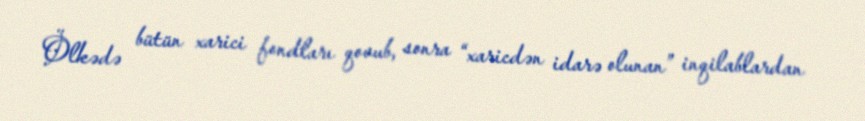
Ölkədə bütün xarici fondları qovub, sonra “xaricdən idarə olunan” inqilablardan